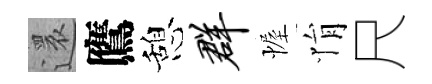
還鷹憩群幄悁尺